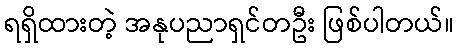
ရရှိထားတဲ့ အနုပညာရှင်တဦး ဖြစ်ပါတယ်။